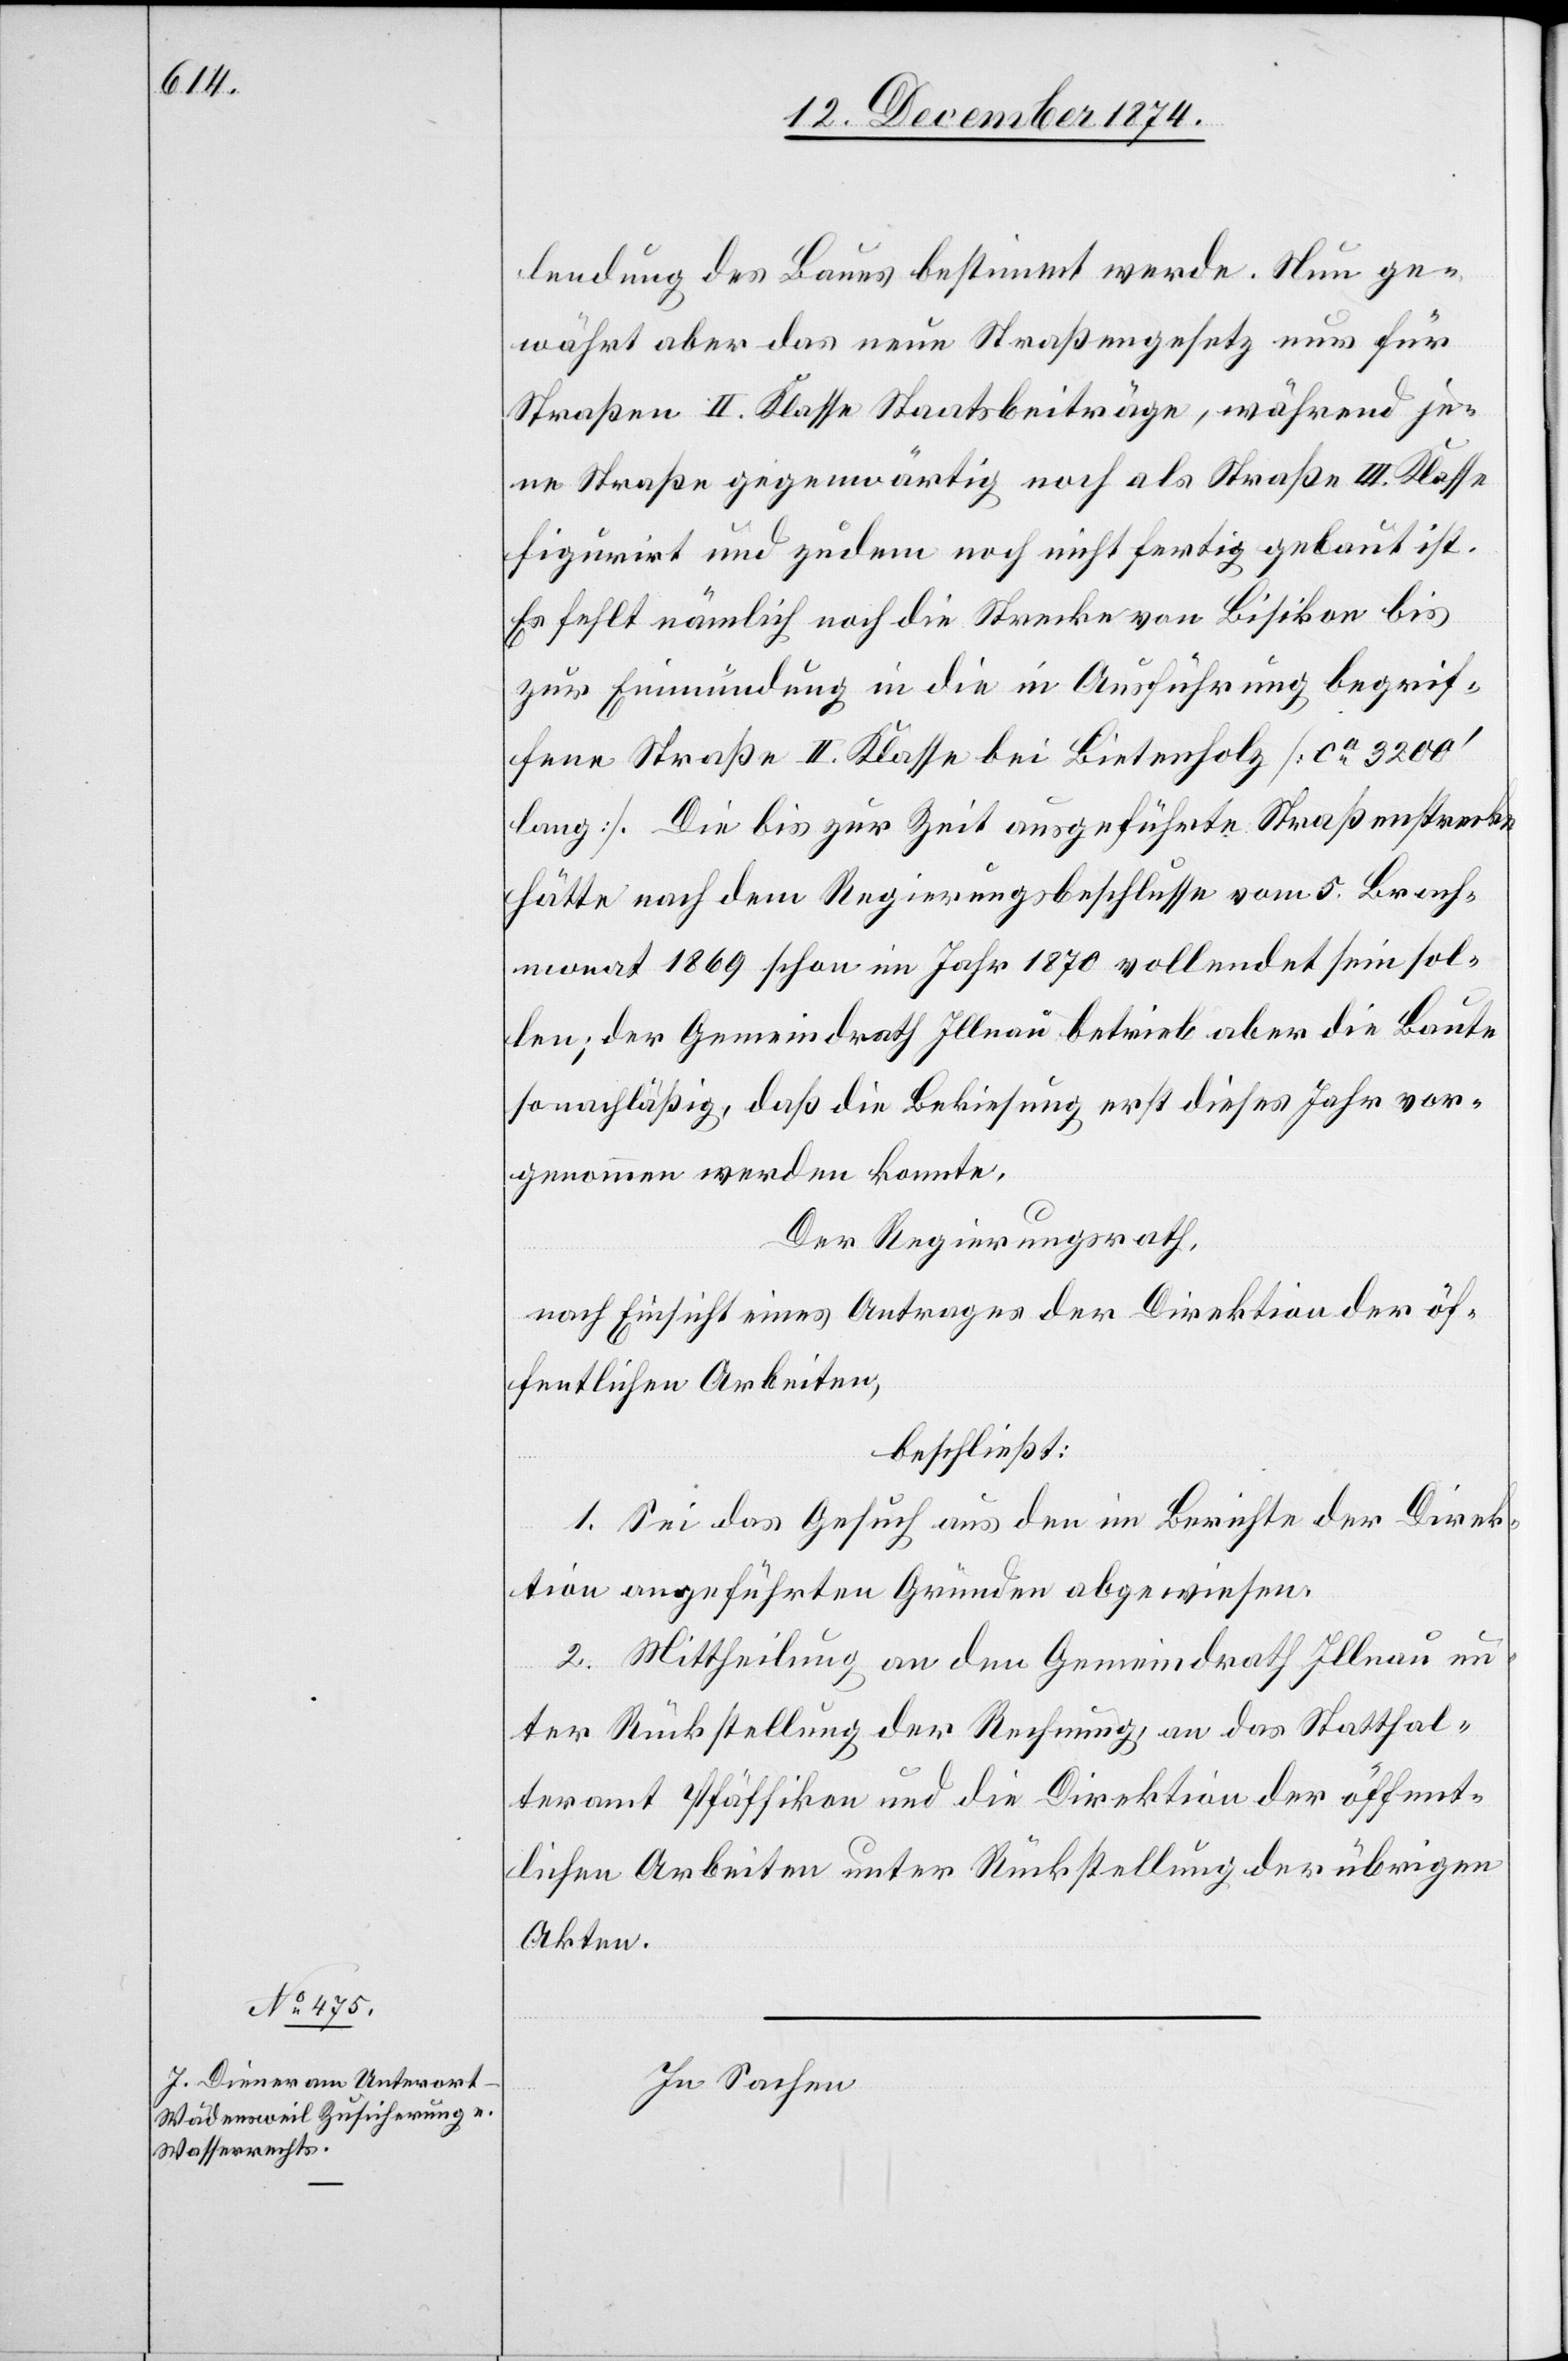
lendung des Baues bestimmt werde. Nun ge¬
währt aber das neue Straßengesetz nur für
Straßen II. Klasse Staatsbeiträge, während je¬
ne Straße gegenwärtig noch als Straße III. Klasse
figurirt und zudem noch nicht fertig gebaut ist.
Es fehlt nämlich noch die Strecke von Bisikon bis
zur Einmündung in die in Ausführung begrif¬
fene Straße II. Klasse bei Bietenholz [ca 3200‘
lang]. Die bis zur Zeit ausgeführte Straßenstrecke
hätte nach dem Regierungsbeschlusse vom 5. Brach¬
monat 1869 schon im Jahr 1870 vollendet sein sol¬
len; der Gemeindrath Illnau betrieb aber die Baute
so nachläßig, daß die Bekiesung erst dieses Jahr vor¬
genommen werden konnte.
Der Regierungsrath,
nach Einsicht eines Antrages der Direktion der öf¬
fentlichen Arbeiten,
beschließt:
1. Sei das Gesuch aus den im Berichte der Direk¬
tion angeführten Gründen abgewiesen.
2. Mittheilung an den Gemeindrath Illnau un¬
ter Rückstellung der Rechnung, an das Statthal¬
teramt Pfäffikon und die Direktion der öffent¬
lichen Arbeiten unter Rückstellung der übrigen
Akten.
In Sachen